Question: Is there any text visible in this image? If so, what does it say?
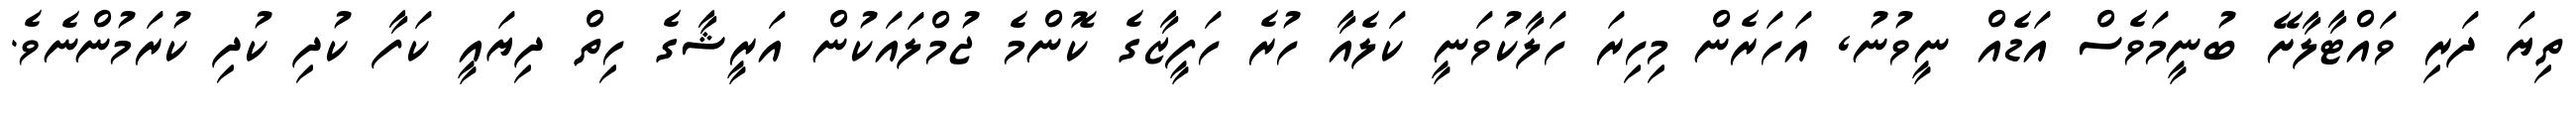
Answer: ތިޔަ ދަރި ވައްޓާލާށޭ ބުނީމަވެސް އަޑެއް ނީވުނު, އަހަރެން މިހިރަ ހަލާކުވަނީ ކަލެއާ ހުރެ ހަފީޒާގެ ކޮންމެ ޖުމްލައަކުން އަރީޝާގެ ހިތް ދިޔައީ ކަފާ ކުދި ކުދި ކުރަމުންނެވެ.